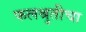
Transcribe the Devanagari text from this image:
फलश्रुतीचा